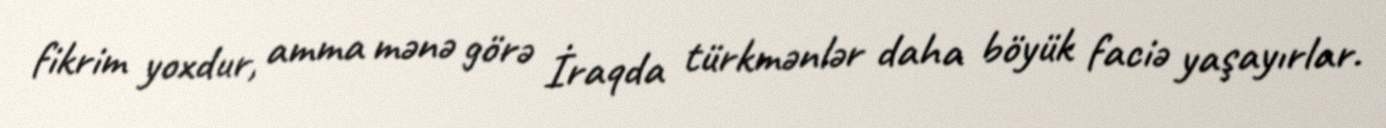
fikrim yoxdur, amma mənə görə İraqda türkmənlər daha böyük faciə yaşayırlar.